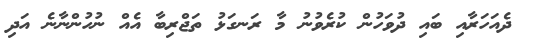
ދެއަހަރާއި ބައި ދުވަހުން ކުރެވުނު މާ ރަނގަޅު ތަޖްރިބާ އެއް ނުހުންނާނެ އަދި